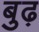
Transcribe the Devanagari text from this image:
बुढ़